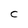
Character: C